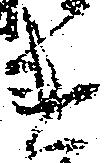
違